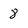
Character: 8